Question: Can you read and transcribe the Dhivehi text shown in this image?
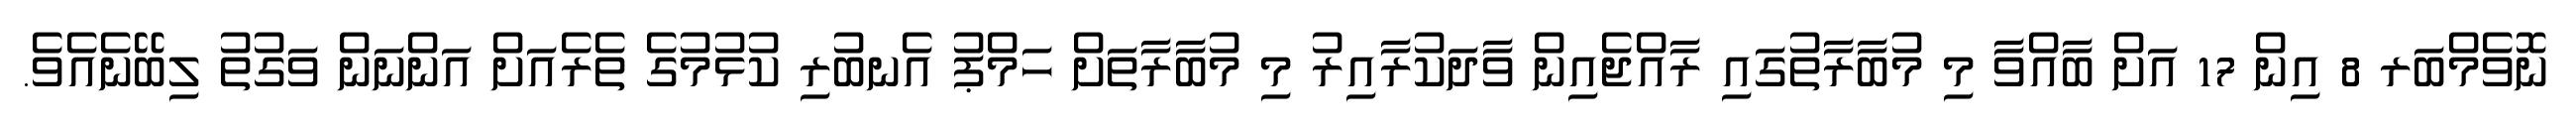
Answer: ނޮވެމްބަރ 8 އިން 17 އަށް ބާއްވާ މި މުބާރާތުގައި ރާއްޖެއިން ވާދަކުރާއިރު މި މުބާރާތަށް ހަމްޕު އެނބުރި ކުޅުމުގެ ތެރެއަށް އަންނަން ވަގުތު ލިބޭނެއެވެ.